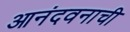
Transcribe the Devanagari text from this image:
आनंदवनाची